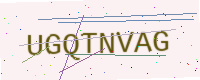
Text: UGQTNVAG